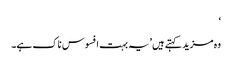
‘
وہ مزید کہتے ہیں ’یہ بہت افسوس ناک ہے۔